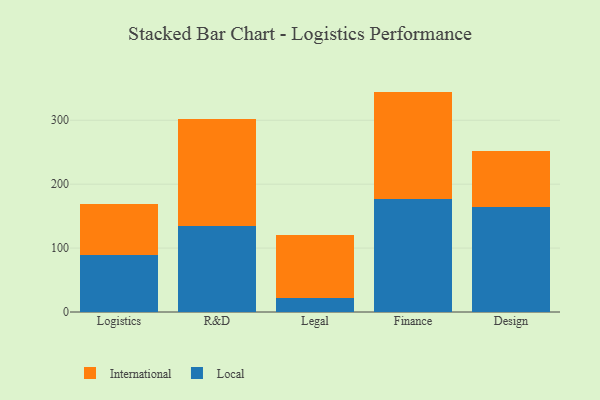
{"axis": {"x": "Department", "y": "Budget (USD K)"}, "legend": ["International", "Local"], "data": [{"x": "Logistics", "y": 89.6, "type": "Local"}, {"x": "Logistics", "y": 79.9, "type": "International"}, {"x": "R&D", "y": 134.1, "type": "Local"}, {"x": "R&D", "y": 167.5, "type": "International"}, {"x": "Legal", "y": 21.7, "type": "Local"}, {"x": "Legal", "y": 98.7, "type": "International"}, {"x": "Finance", "y": 177.0, "type": "Local"}, {"x": "Finance", "y": 167.8, "type": "International"}, {"x": "Design", "y": 163.9, "type": "Local"}, {"x": "Design", "y": 87.2, "type": "International"}]}